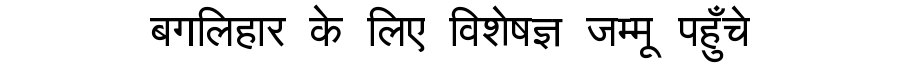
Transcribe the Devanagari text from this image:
बगलिहार के लिए विशेषज्ञ जम्मू पहुँचे